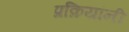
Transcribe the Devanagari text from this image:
प्रक्रियांनी